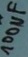
Text: 100µF